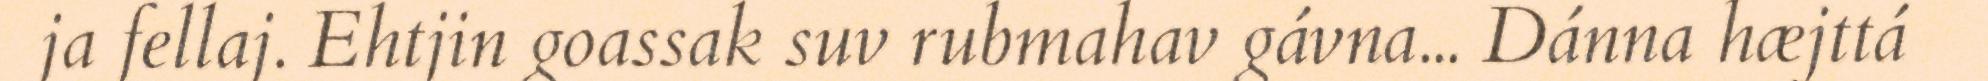
ja fellaj. Ehtjin goassak suv rubmahav gávna... Dánna hæjttá